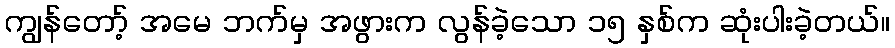
ကျွန်တော့် အမေ ဘက်မှ အဖွားက လွန်ခဲ့သော ၁၅ နှစ်က ဆုံးပါးခဲ့တယ်။